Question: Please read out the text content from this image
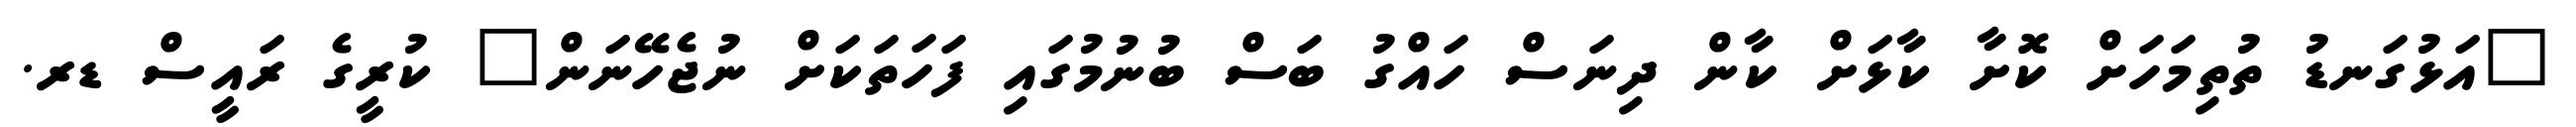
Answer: "އަޅުގަނޑު ތުތިމަހަށް ކޮށާ ކާޅަށް ކާން ދިނަސް ހައްގު ބަސް ބުނުމުގައި ފަހަތަކަށް ނުޖެހޭނަން" ކުރީގެ ރައީސް ޑރ.